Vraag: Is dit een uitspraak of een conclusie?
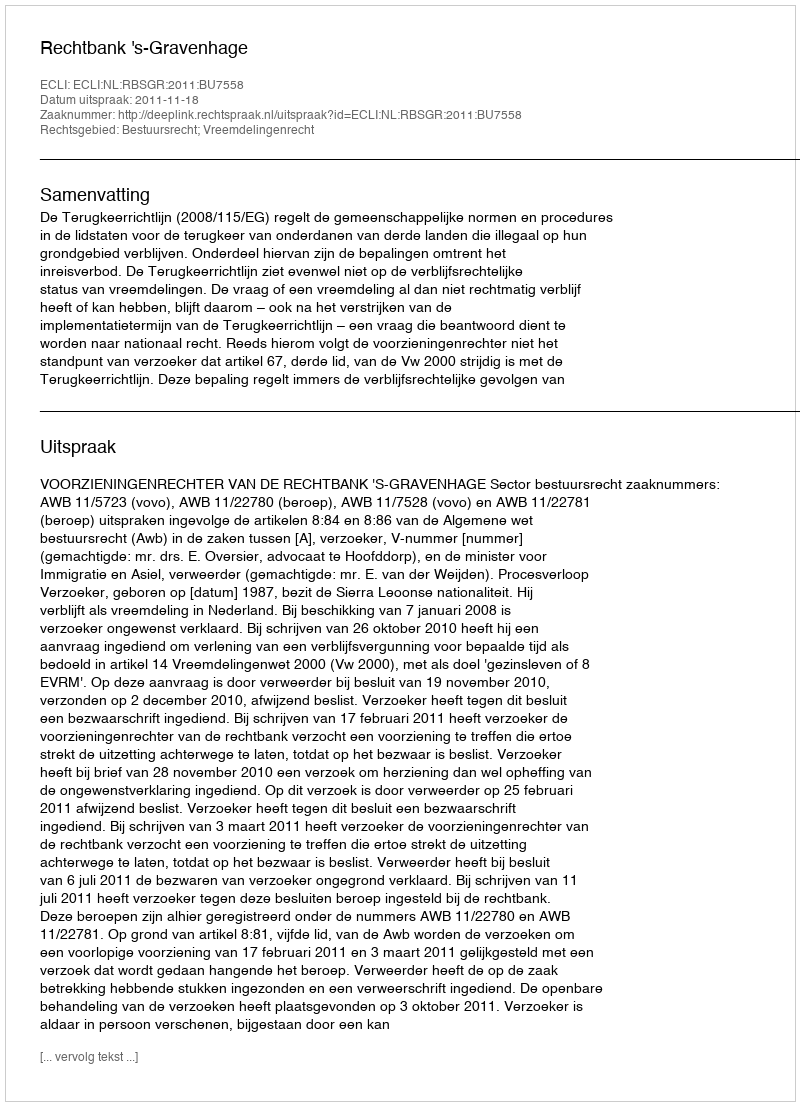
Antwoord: Uitspraak